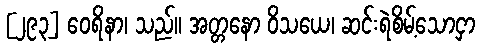
[၂၉၃] ဝေရိနာ၊ သည်။ အတ္တနော ဝိသယေ၊ ဆင်းရဲစိမ့်သောငှာ